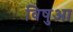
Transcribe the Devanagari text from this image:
विषुआ